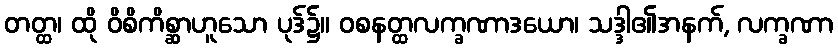
တတ္ထ၊ ထို ဝိစိကိစ္ဆာဟူသော ပုဒ်၌။ ဝစနတ္ထလက္ခဏာဒယော၊ သဒ္ဒါ၏အနက်, လက္ခဏာ